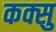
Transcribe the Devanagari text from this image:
कक्सु